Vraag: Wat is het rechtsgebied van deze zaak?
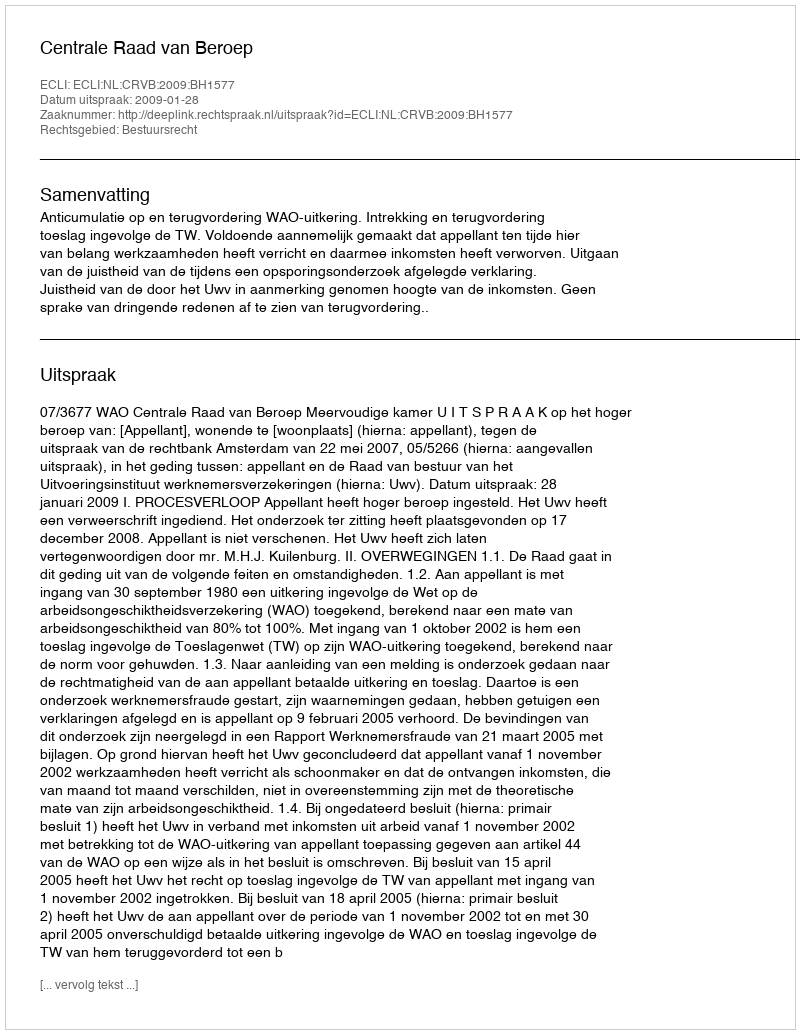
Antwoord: Bestuursrecht